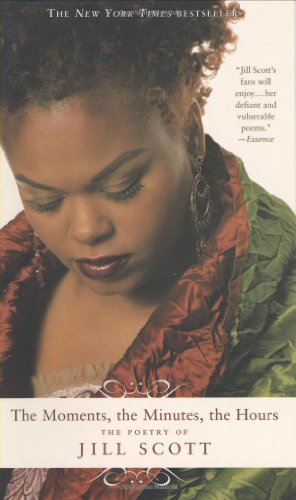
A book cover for The Moments, the Minutes, the Hours: The Poetry of Jill Scott; Jill Scott; Literature & Fiction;